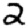
Digit: 2